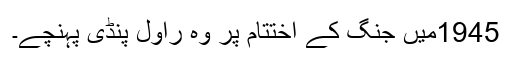
1945میں جنگ کے اختتام پر وہ راول پنڈی پہنچے۔